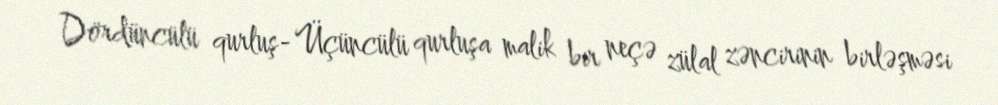
Dördüncülü qurluş- Üçüncülü qurluşa malik bir neçə zülal zəncirinin birləşməsi